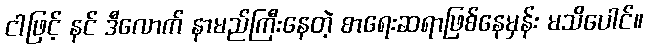
ငါဖြင့် နင် ဒီလောက် နာမည်ကြီးနေတဲ့ စာရေးဆရာဖြစ်နေမှန်း မသိပေါင်။